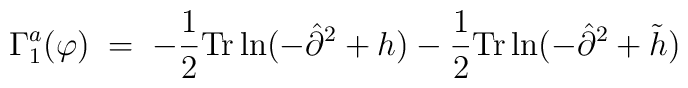
\Gamma_1^a(\varphi) \;=\; -\frac{1}{2} {\rm Tr} \ln ( -{\hat \partial}^2 + h )-\frac{1}{2} {\rm Tr} \ln ( -{\hat \partial}^2 + {\tilde h} )